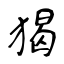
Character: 猲